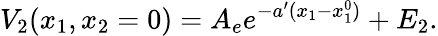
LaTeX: V_{2}(x_{1},x_{2}=0)=A_{e}e^{-a^{\prime}(x_{1}-x_{1}^{0})}+E_{2}.